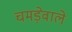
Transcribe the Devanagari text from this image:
चमड़ेवाले